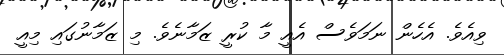
ވިއެވެ. އެހެން ނަމަވެސް އެއީ މާ ކުރީ ޒަމާނެވެ. މި ޒަމާނުގައި މިއީ